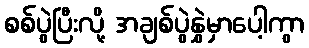
စစ်ပွဲပြီးလို့ အချစ်ပွဲနွှဲမှာပေါ့ကွာ